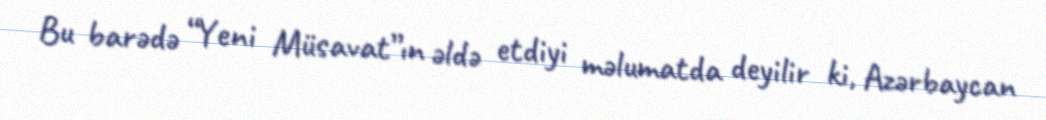
Bu barədə “Yeni Müsavat”ın əldə etdiyi məlumatda deyilir ki, Azərbaycan